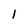
Character: 1